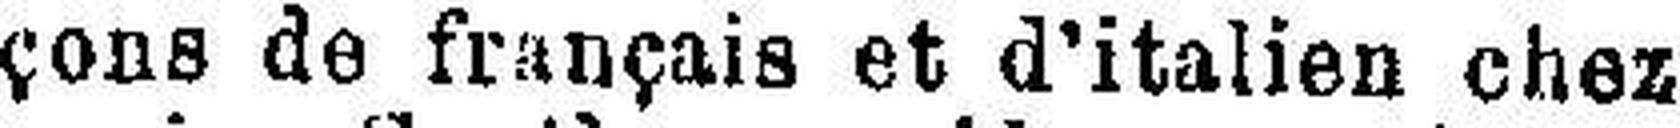
çons de français et d’italien chez